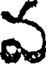
వ